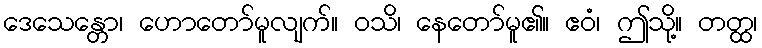
ဒေသေန္တော၊ ဟောတော်မူလျက်။ ဝသိ၊ နေတော်မူ၏။ ဧဝံ၊ ဤသို့။ တတ္ထ၊